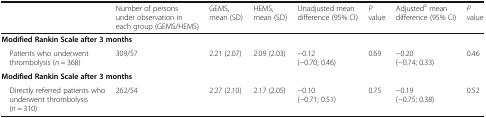
<table><thead><tr><td></td><td><b>Number of persons under observation in each group (GEMS/HEMS)</b></td><td><b>GEMS, mean (SD)</b></td><td><b>HEMS, mean (SD)</b></td><td><b>Unadjusted mean difference (95% CI)</b></td><td><b><i>P</i> value</b></td><td><b>Adjusted<sup>a</sup> mean difference (95% CI)</b></td><td><b><i>P</i> value</b></td></tr></thead><tbody><tr><td colspan="8"><b>Modified Rankin Scale after 3 months</b></td></tr><tr><td> Patients who underwent thrombolysis (<i>n</i> = 368)</td><td>309/57</td><td>2.21 (2.07)</td><td>2.09 (2.03)</td><td>−0.12 (−0.70; 0.46)</td><td>0.69</td><td>−0.20 (−0.74; 0.33)</td><td>0.46</td></tr><tr><td colspan="8"><b>Modified Rankin Scale after 3 months</b></td></tr><tr><td> Directly referred patients who underwent thrombolysis (<i>n</i> = 310)</td><td>262/54</td><td>2.27 (2.10)</td><td>2.17 (2.05)</td><td>−0.10 (−0.71; 0.51)</td><td>0.75</td><td>−0.19 (−0.75; 0.38)</td><td>0.52</td></tr></tbody></table>